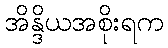
အိန္ဒိယအစိုးရက